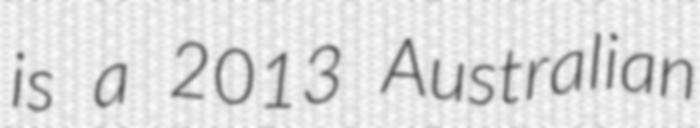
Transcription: is a 2013 Australian